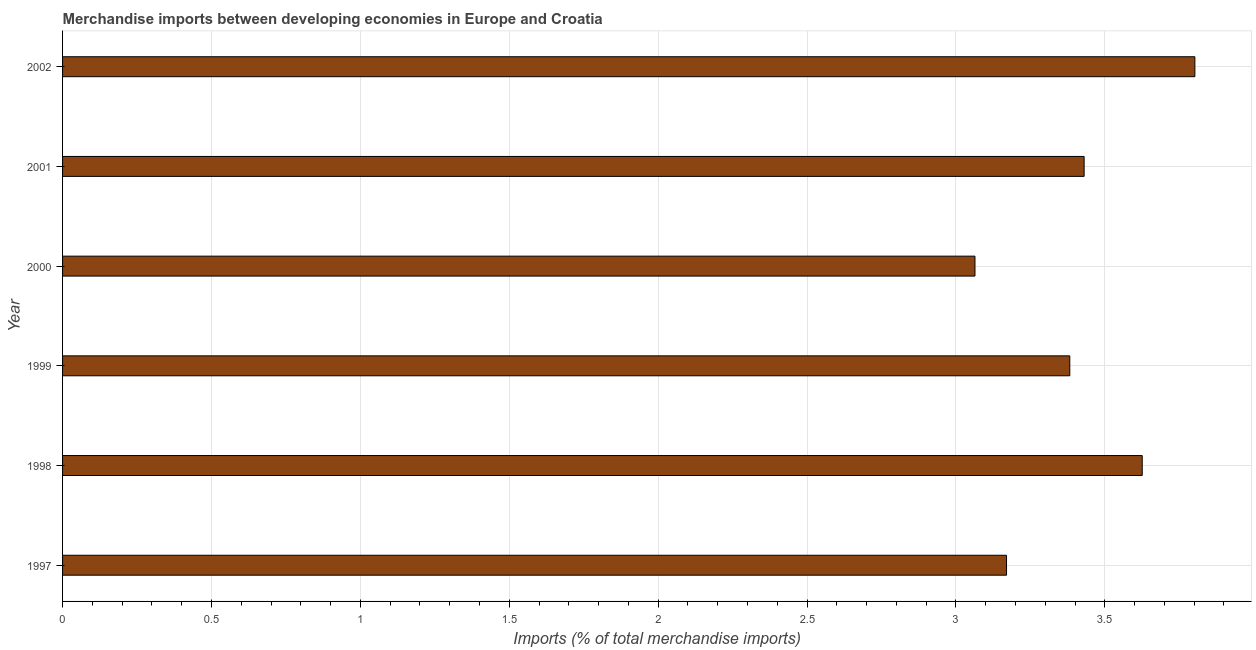
| Year | Merchandise imports |
 | --- | --- |
 | 1997 | 3.17 |
 | 1998 | 3.63 |
 | 1999 | 3.38 |
 | 2000 | 3.06 |
 | 2001 | 3.43 |
 | 2002 | 3.8 |